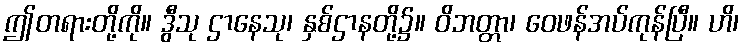
ဤတရားတို့ကို။ ဒွီသု ဌာနေသု၊ နှစ်ဌာနတို့၌။ ဝိဘတ္တာ၊ ဝေဖန်အပ်ကုန်ပြီ။ ဟိ၊